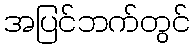
အပြင်ဘက်တွင်